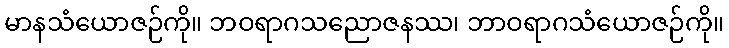
မာနသံယောဇဉ်ကို။ ဘဝရာဂသညောဇနဿ၊ ဘာဝရာဂသံယောဇဉ်ကို။